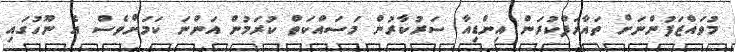
މުވައްޒަފުންނަށް ތައާރަފްކުރަން އިންޑިއާ ސަރުކާރުން މަސައްކަތް ކުރަމުން އަންނަ ކަަމަށްވެސް އެ ނޫހުގައި